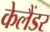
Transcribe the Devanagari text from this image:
केलैंडर